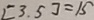
[ 3 . 5 ] = 1 5